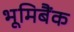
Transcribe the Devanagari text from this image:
भूमिबैंक